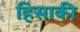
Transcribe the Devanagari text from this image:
हिसाकी